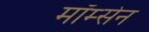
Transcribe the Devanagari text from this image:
मॉम्सेन